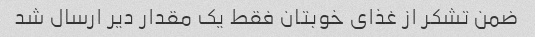
ضمن تشکر از غذای خوبتان فقط یک مقدار دیر ارسال شد